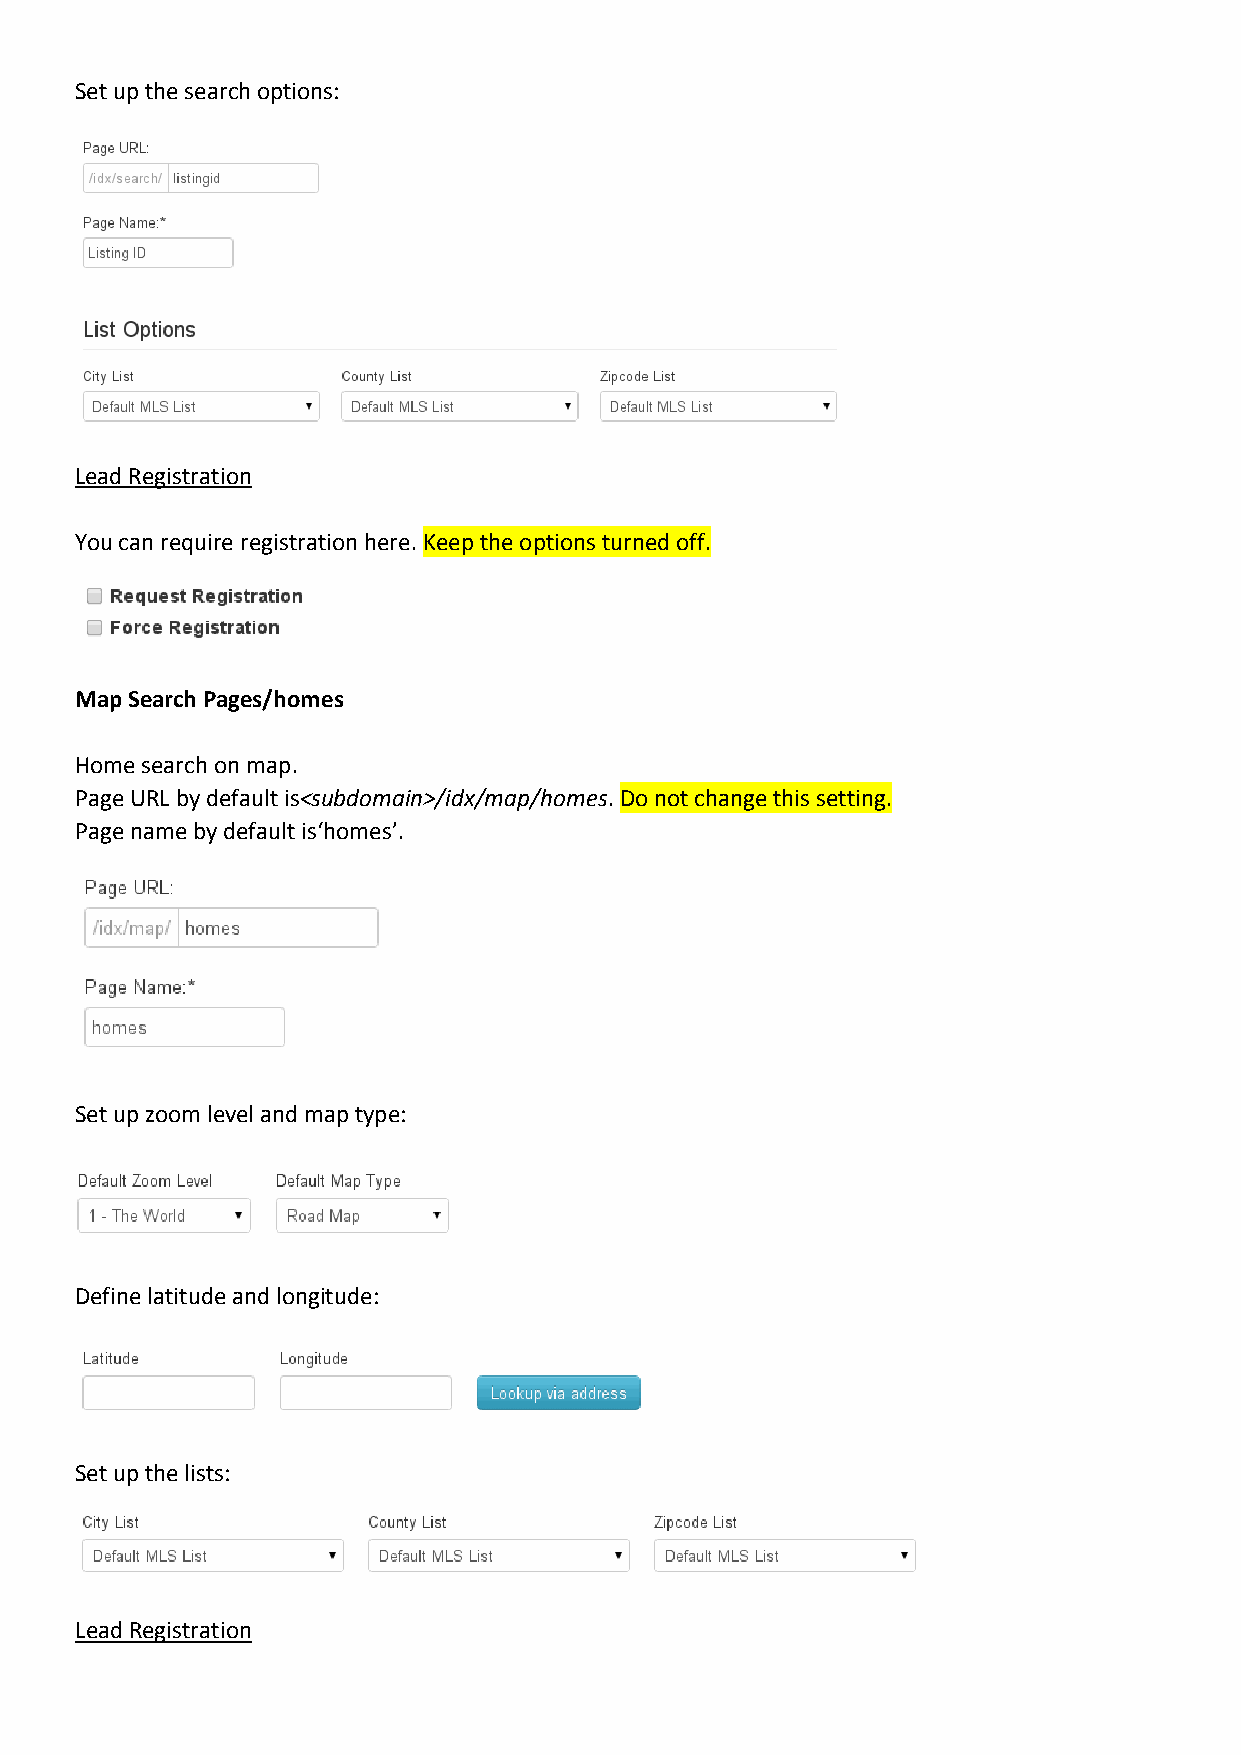
Set up the search options:
 Lead Registration
 You can require registration here. Keep the options turned off.
 Map Search Pages/homes
 Home search on map.
 Page URL by default is<subdomain>/idx/map/homes. Do not change this setting.
 Page name by default is‘homes’.
 Set up zoom level and map type:
 Define latitude and longitude:
 Set up the lists:
 Lead Registration